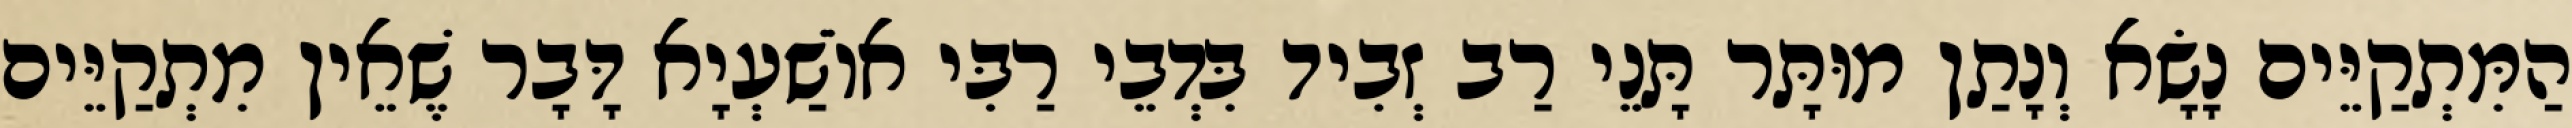
הַמִּתְקַיֵּים נָשָׂא וְנָתַן מוּתָּר תָּנֵי רַב זְבִיד בִּדְבֵי רַבִּי אוֹשַׁעְיָא דָּבָר שֶׁאֵין מִתְקַיֵּים